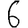
Digit: 6